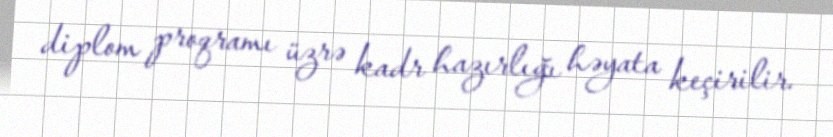
diplom proqramı üzrə kadr hazırlığı həyata keçirilir.